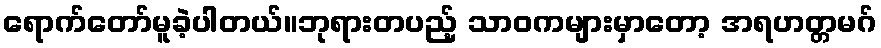
ရောက်တော်မူခဲ့ပါတယ်။ဘုရားတပည့် သာဝကများမှာတော့ အရဟတ္တမဂ်